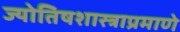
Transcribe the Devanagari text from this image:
ज्योतिषशास्त्राप्रमाणे